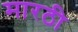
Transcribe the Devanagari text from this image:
मारठी